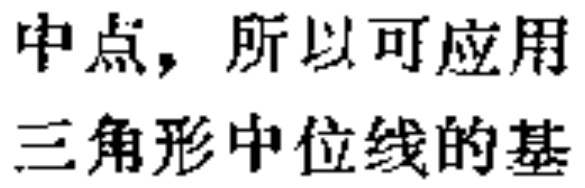
中点，所以可应用
三角形中位线的基